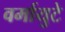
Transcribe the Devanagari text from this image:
वर्मायुटे